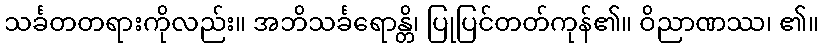
သင်္ခတတရားကိုလည်း။ အဘိသင်္ခရောန္တိ၊ ပြုပြင်တတ်ကုန်၏။ ဝိညာဏဿ၊ ၏။